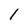
Character: 1